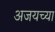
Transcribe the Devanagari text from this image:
अजयच्या